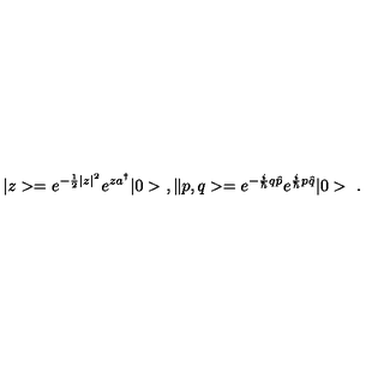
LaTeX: | z > = e ^ { - \frac { 1 } { 2 } | z | ^ { 2 } } e ^ { z a ^ { \dagger } } | 0 > \ , \| p , q > = e ^ { - \frac { i } { \hbar } q \hat { p } } e ^ { \frac { i } { \hbar } p \hat { q } } | 0 > \ .